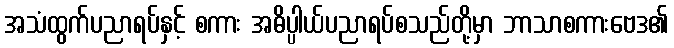
အသံထွက်ပညာရပ်နှင့် စကား အဓိပ္ပါယ်ပညာရပ်စသည်တို့မှာ ဘာသာစကားဗေဒ၏